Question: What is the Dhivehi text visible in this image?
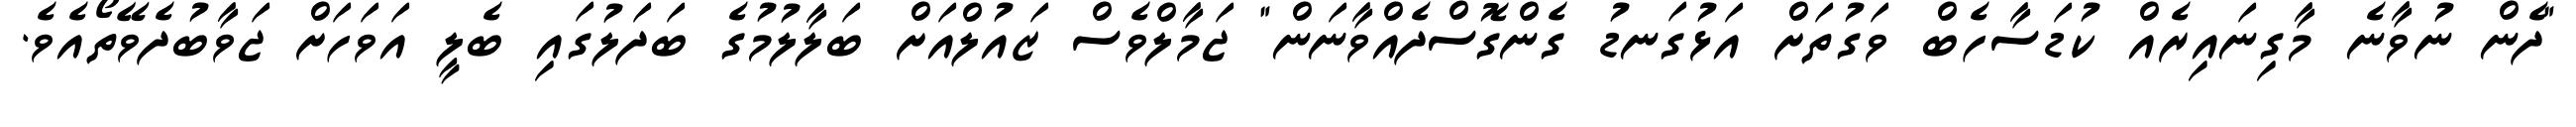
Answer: "ދެން ނުވާނެ މާގިނައިރެއް ކުޑަސާހެބް ވަގުތަށް އަޅުގަނޑު ގެންގޮސްދެއްވާނަން" ޖަމާލްވެސް ޒައުލްއަށް ބަލާލުމުގެ ބަދަލުގައި ބެލީ އަވަހަށް ޖަވާބުދެވޭތޯއެވެ.